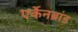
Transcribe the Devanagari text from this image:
एर्केनब्रांड